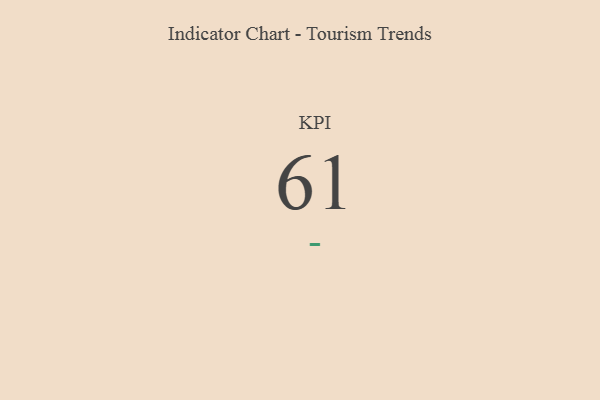
{"axis": {"x": "KPI", "y": "Value"}, "legend": [""], "data": [{"x": "KPI", "y": 61, "type": ""}]}